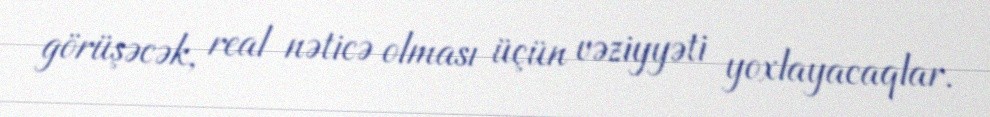
görüşəcək, real nəticə olması üçün vəziyyəti yoxlayacaqlar.